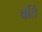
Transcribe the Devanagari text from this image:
वर्ति